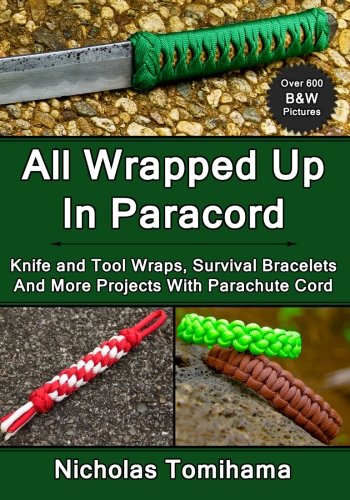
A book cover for All Wrapped Up In Paracord: Knife and Tool Wraps, Survival Bracelets, And More Projects With Parachute Cord; Nicholas Tomihama; Crafts, Hobbies & Home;